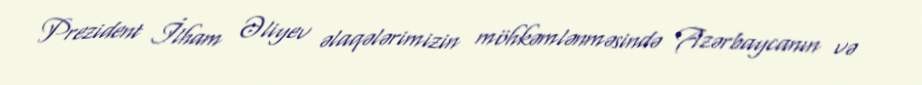
Prezident İlham Əliyev əlaqələrimizin möhkəmlənməsində Azərbaycanın və